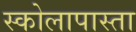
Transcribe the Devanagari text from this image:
स्कोलापास्ता